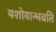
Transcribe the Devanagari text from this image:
यशोवान्भवति